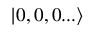
| 0 , 0 , 0 . . . \rangle